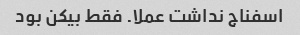
اسفناج نداشت عملا. فقط بیکن بود